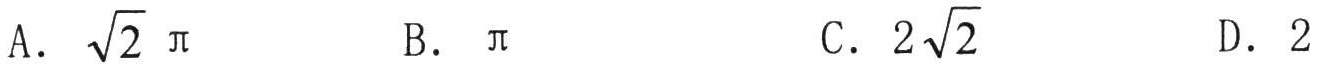
A. \(\sqrt{2}\ \pi\)  B. \(\pi\)  C. \(2\sqrt{2}\)  D. \(2\)